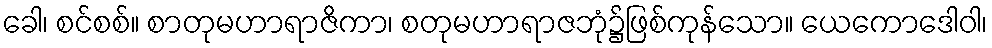
ခေါ၊ စင်စစ်။ စာတုမဟာရာဇိကာ၊ စတုမဟာရာဇဘုံ၌ဖြစ်ကုန်သော။ ယေကောဒေါဝါ၊